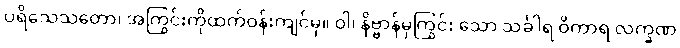
ပရိသေသတော၊ အကြွင်းကိုထက်ဝန်းကျင်မှ။ ဝါ၊ နိဗ္ဗာန်မှကြွင်း သော သင်္ခါရ ဝိကာရ လက္ခဏ